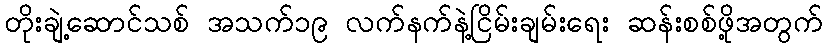
တိုးချဲ့ဆောင်သစ် အသက်၁၉ လက်နက်နဲ့ငြိမ်းချမ်းရေး ဆန်းစစ်ဖို့အတွက်